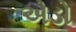
એડો